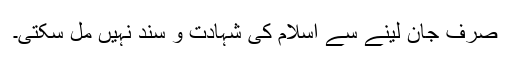
صرف جان لینے سے اسلام کی شہادت و سند نہیں مل سکتی۔